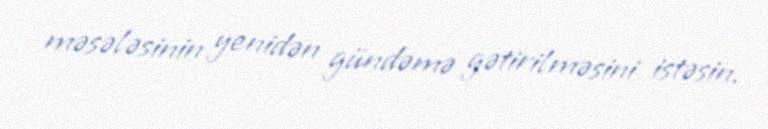
məsələsinin yenidən gündəmə gətirilməsini istəsin.